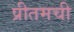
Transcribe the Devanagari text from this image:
प्रीतमची